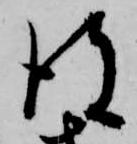
彼